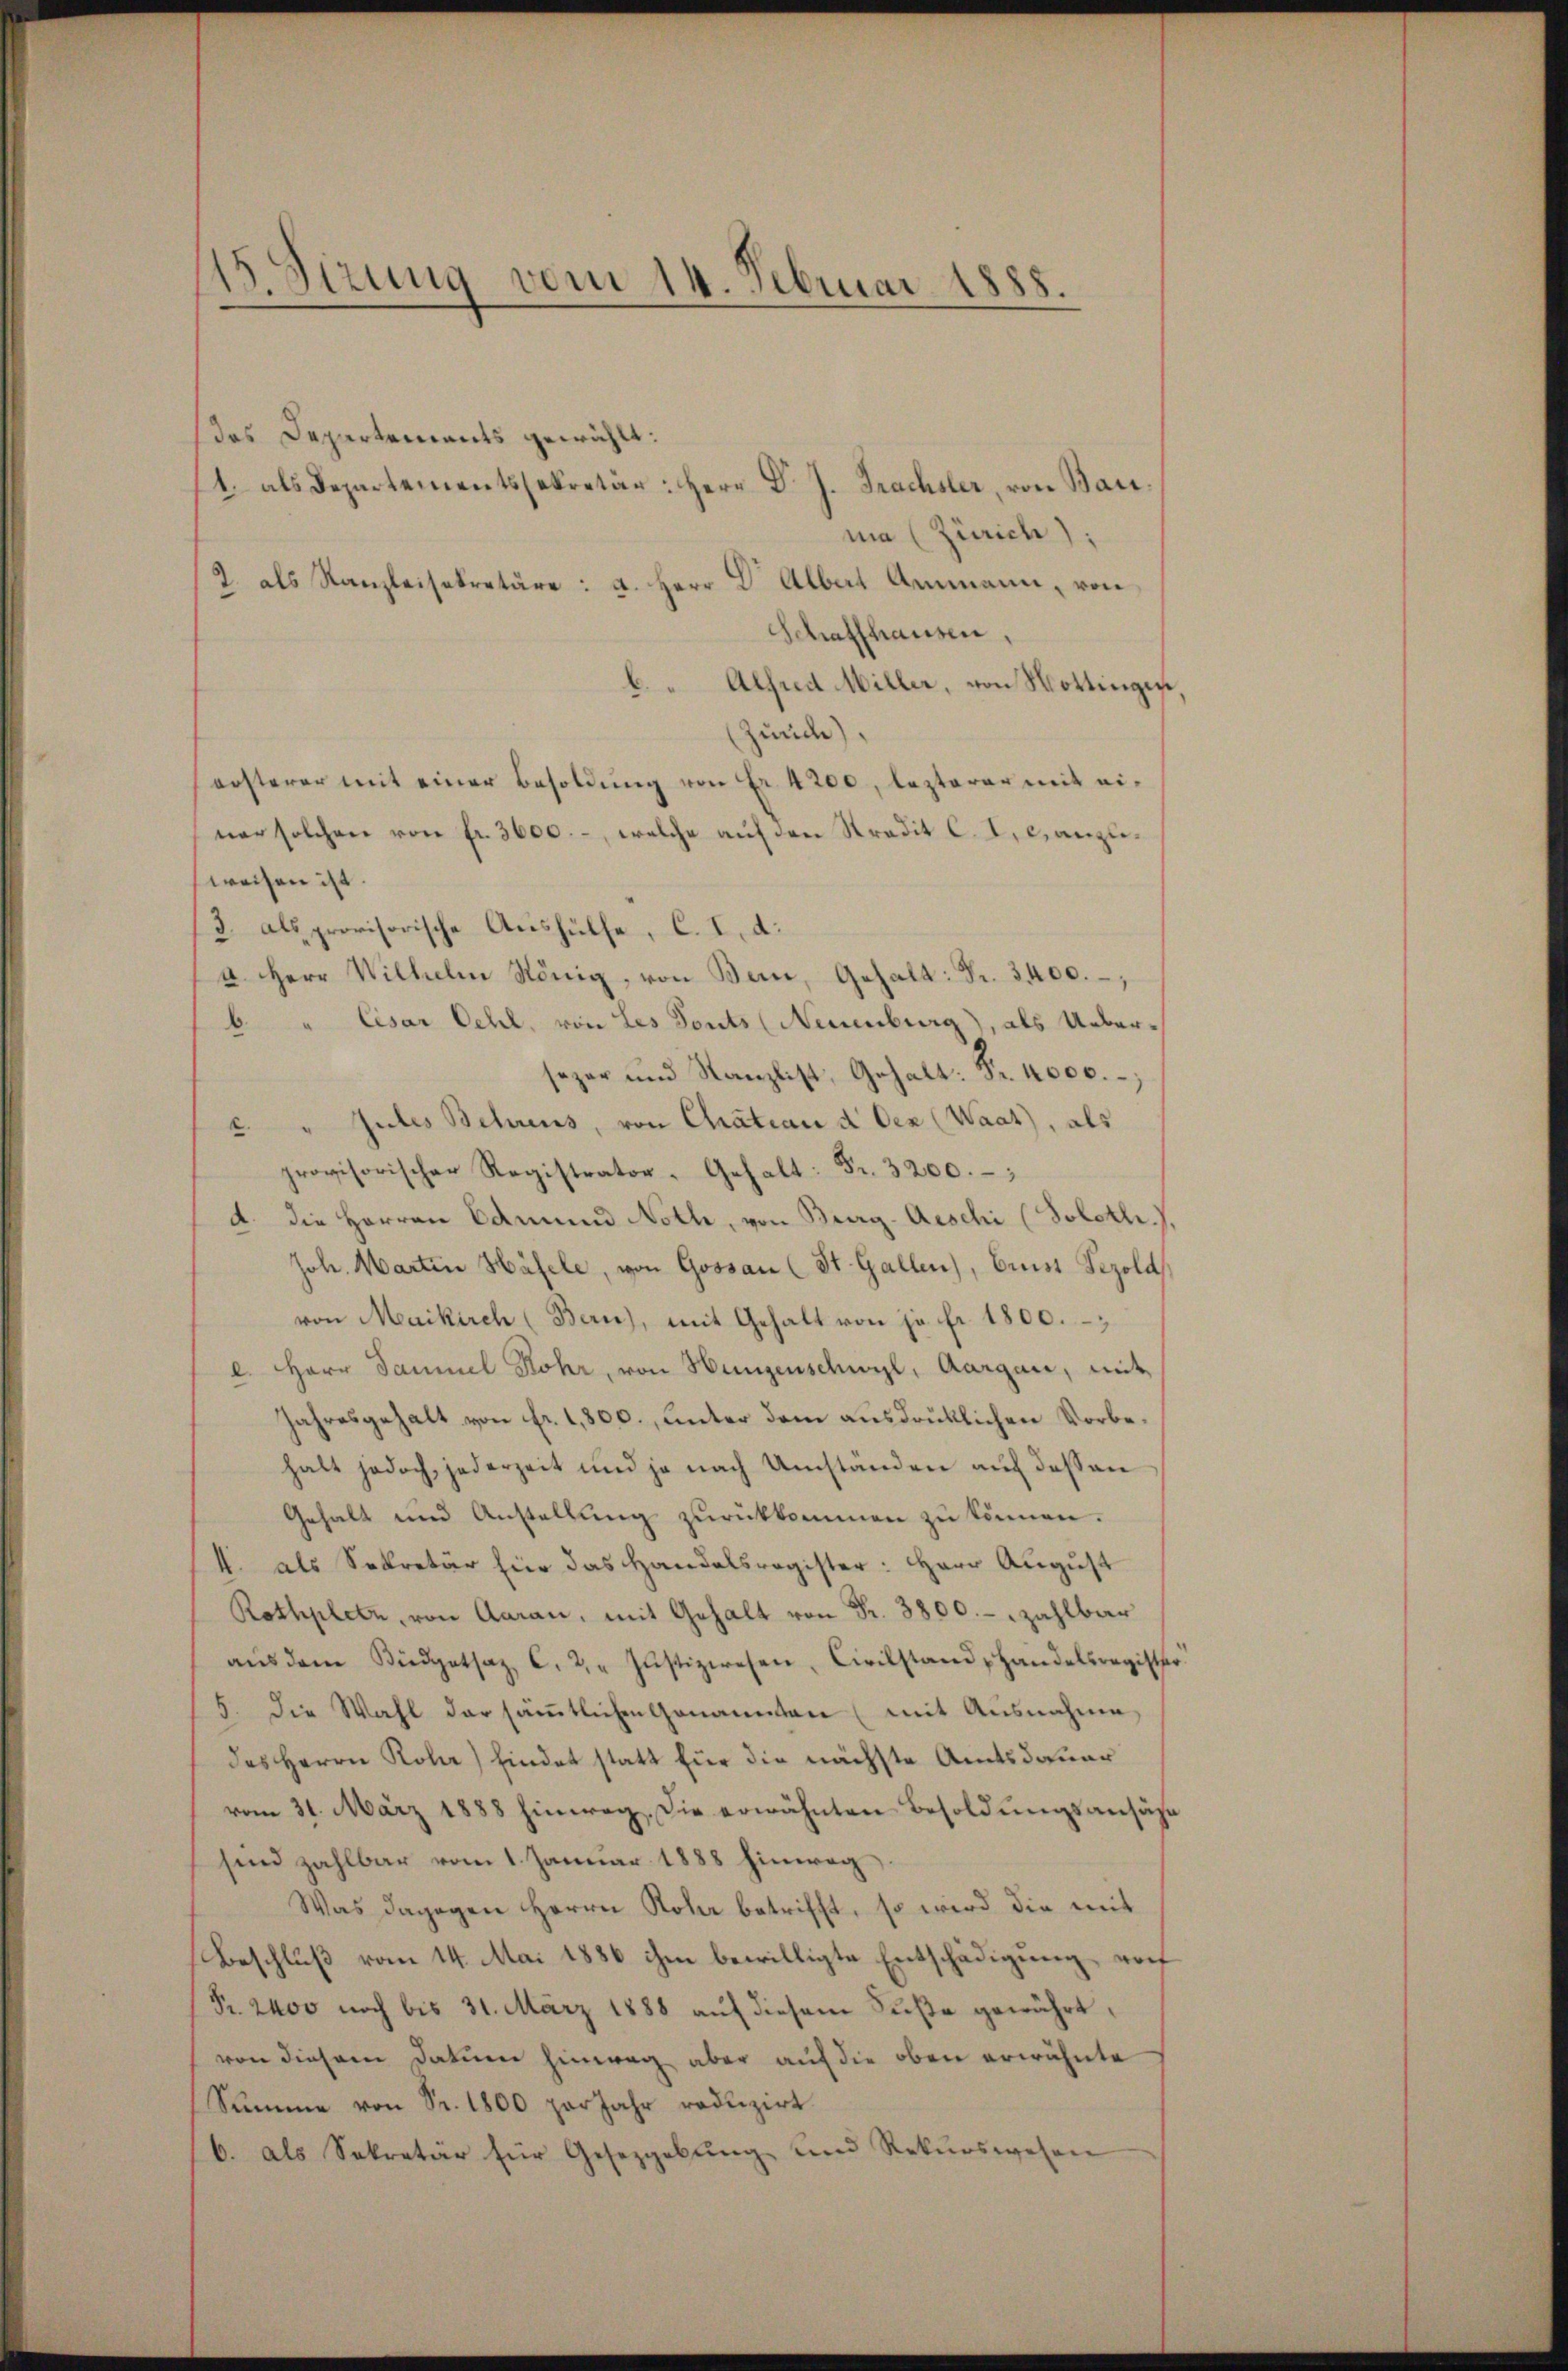
15. Sizung vom 14. Februar 1888.
—

das Departements gewählt:
1. als Departementssekretär: Herr Dr. J. Trachsler, von Bauma (Zürich),
2. als Kanzleisekretäre: a. Herr Dr. Albert Ammann, von
Schaffhausen,
“ Alfred Miller, von Mottingese
(Zürich),
ersterer mit einer Besoldung von Fr. 4200, lezterer mit einer solchen von fr. 3600.-, welche auf den Stradit C. I. Canzliweisen ist.
3. als provisorische Aushülfe, C. I. d.
a. Herr Wilhelm König, von Bern, Gehalt: Fr. 3400.-,
6 " Cisar Oehl, von Les Tonts (Neuenburg), als Ueberseper und Kanzlist, Gehalt: Fr. 4000.
" Gutes Behrens, von Chratiani d. Den (Waat), als
provisorischer Registrator-Gehalt: Fr. 3200.
d. die Herren Edmund Noth, von Burg-Aeschi (Soloth.).
Joh. Martin Häfele, von Gossau (St. Gallen), Frist Pezola
von Maikirch (Bern), mit Gehalt von ja fr. 1800.
l. Herr Samuel Rohr, von Hungenschwyl, Aargau, mit
Jahresgehalt von fr. 1,800., unter dem ausdrücklichen Vorbehalt jedoch, jederzeit und je nach Umständen auf dessen
Gehalt und Anstellung zurückkommen zu können.
4. als Sekretär für das Handelsregister: Herr August
Rothplatz, von Aarau, mit Gehalt von Fr. 3800.- zahlbar
aŭs dem Büdgetsaz C. 2. " Justizwesen, Civilstand handelsregist
5. Die Wahl der sämtlichen Genannten (mit Ausnahme,
des Herrn Rola) findet statt für die nächste Amtsdauer
vom 31. März 1888 hinweg. Die erwähnten Besoldungsansäß
sind zahlbar vom 1. Januar 1888 hinweg
Was dagegen Herrn Kola betrifft, so wird die mit
Beschluß vom 14. Mai 1886 ihm bewilligte Entschädigung noch
Pr. 2400 noch bis 31. März 1888 auf diesem Fuße gewährt,
von diesem Datum hinweg aber auf die oben erwähnte
Summe von Fr. 1800 per Jahr reduzirt.
6. als Sekretär für Gesetzgebung und Rekurswesen